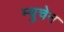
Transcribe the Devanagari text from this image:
म्युचेन